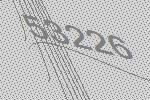
53226